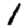
Digit: 1